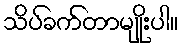
သိပ်ခက်တာမျိုးပါ။